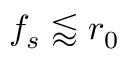
f _ { s } \lessapprox r _ { 0 }